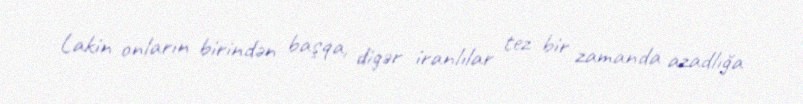
Lakin onların birindən başqa, digər iranlılar tez bir zamanda azadlığa